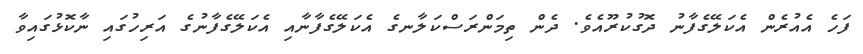
ފަހެ އެއުރެން އެކަލޭގެފާނު ދޮގުކުރޫއެވެ. ދެން ތިމަންރަސްކަލާނގެ އެކަލޭގެފާނާއި އެކަލޭގެފާނުގެ އަރިހުގައި ނާކޮޅުގައިވާ